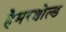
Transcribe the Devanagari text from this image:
हैमरशोल्ड